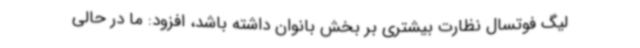
لیگ فوتسال نظارت بیشتری بر بخش بانوان داشته باشد، افزود:‌ ما در حالی